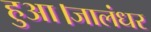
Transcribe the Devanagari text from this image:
हुआ।जालंधर